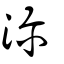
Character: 𣳅